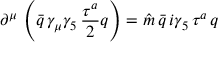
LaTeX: \partial ^ { \mu } \, \left( \bar { q } \, \gamma _ { \mu } \gamma _ { 5 } \, \frac { \tau ^ { a } } { 2 } q \right) = \hat { m } \, \bar { q } \, i \gamma _ { 5 } \, \tau ^ { a } \, q